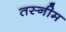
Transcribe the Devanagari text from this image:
तस्नीम